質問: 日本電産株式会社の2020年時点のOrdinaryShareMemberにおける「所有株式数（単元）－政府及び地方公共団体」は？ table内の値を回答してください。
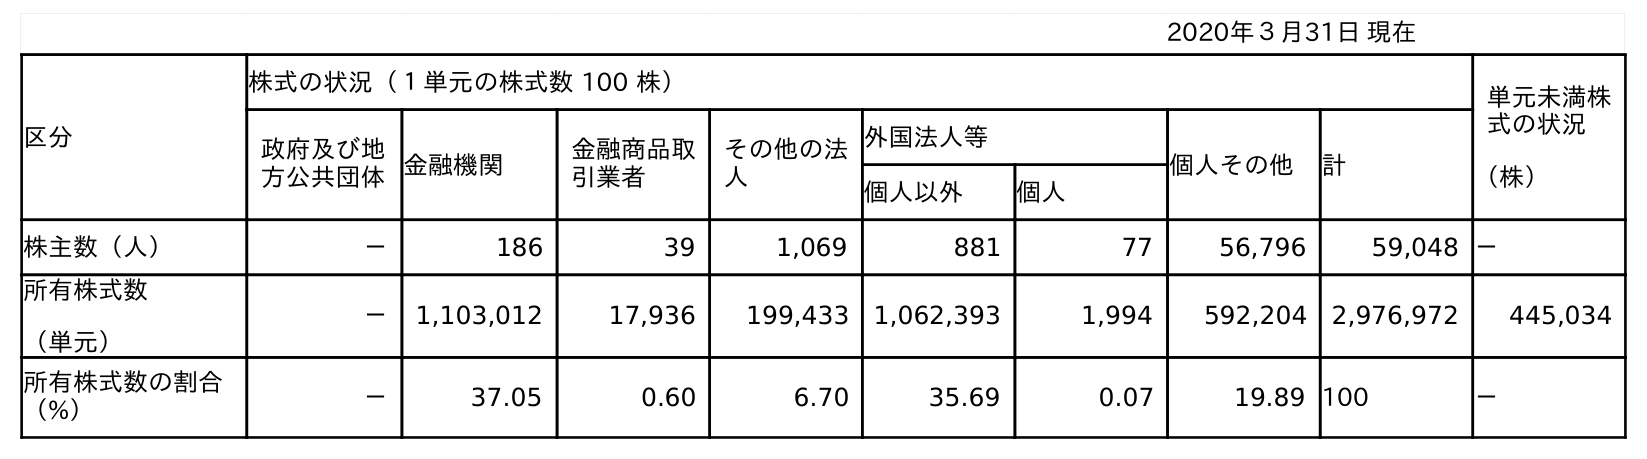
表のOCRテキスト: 2020年３月31日 現在 区分 株式の状況（１単元の株式数 100 株） 単元未満株 式の状況 （株） 政府及び地 方公共団体金融機関 金融商品取 引業者 その他の法 人 外国法人等 個人その他 計 個人以外 個人 株主数（人） － 186 39 1,069 881 77 56,796 59,048 － 所有株式数 （単元） － 1,103,012 17,936 199,433 1,062,393 1,994 592,204 2,976,972 445,034 所有株式数の割合 （%） － 37.05 0.60 6.70 35.69 0.07 19.89 100 －
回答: －